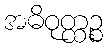
အဓိဝုတ္ထဉ္စ